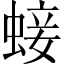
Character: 𧌃